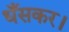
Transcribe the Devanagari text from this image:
धँसकर।